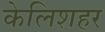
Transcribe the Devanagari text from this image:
केलिशहर